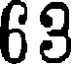
63